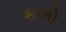
કળો